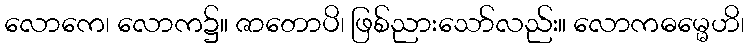
လောကေ၊ လောက၌။ ဇာတောပိ၊ ဖြစ်ညားသော်လည်း။ လောကဓမ္မေဟိ၊